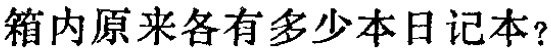
箱内原来各有多少本日记本？